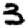
Digit: 3